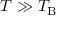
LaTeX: T \gg T _ { \mathrm { B } }